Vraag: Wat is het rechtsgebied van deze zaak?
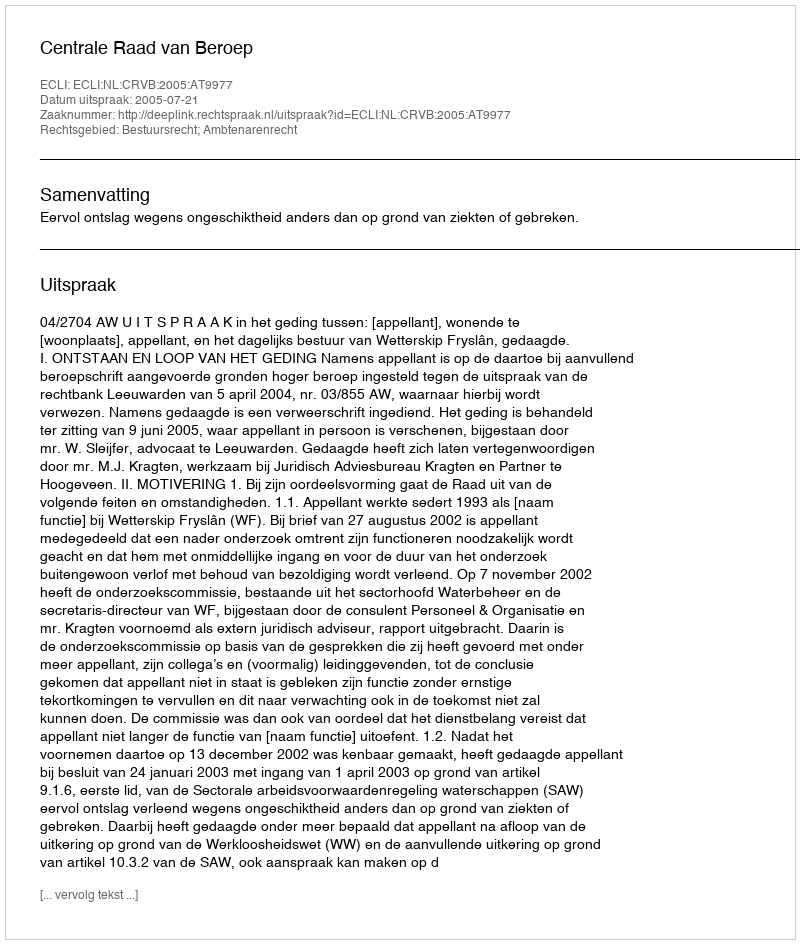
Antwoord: Bestuursrecht; Ambtenarenrecht